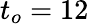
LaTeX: t_{o}=12